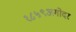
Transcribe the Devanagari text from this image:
१८५९अगोदर